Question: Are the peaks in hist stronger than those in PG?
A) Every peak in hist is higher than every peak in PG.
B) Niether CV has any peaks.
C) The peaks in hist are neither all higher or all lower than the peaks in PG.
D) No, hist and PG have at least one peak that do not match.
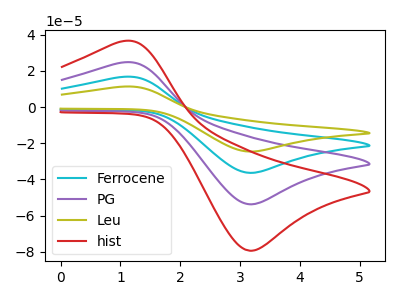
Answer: <think>The cyan curve "Ferrocene" has an anodic peak at (1.05V, 49.30uA) and a cathodic peak at (3.20V, -107.45uA). The purple curve "PG" has an anodic peak at (1.05V, 24.65uA) and a cathodic peak at (3.20V, -53.75uA). The olive curve "Leu" has an anodic peak at (1.05V, 73.95uA) and a cathodic peak at (3.20V, -161.20uA). The red curve "hist" has an anodic peak at (1.05V, 36.40uA) and a cathodic peak at (3.20V, -79.40uA).</think>
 <answer>A) Every peak in "hist" is higher than every peak in "PG".</answer>
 <eval>A</eval>